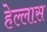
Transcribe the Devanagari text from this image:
हेल्लास